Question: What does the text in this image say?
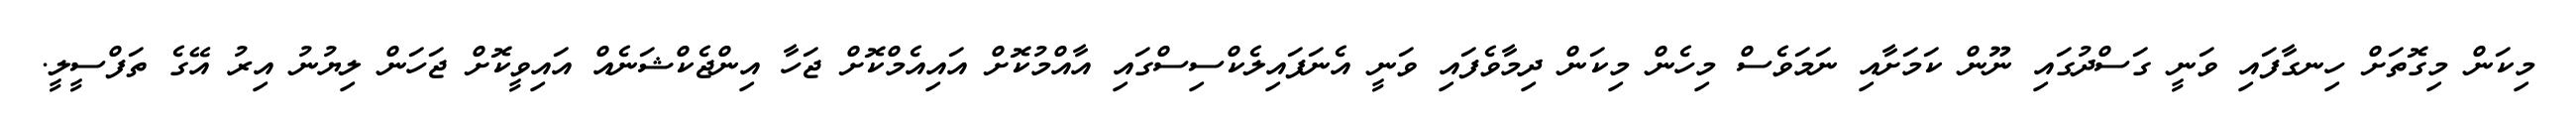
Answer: މިކަން މިގޮތަށް ހިނގާފައި ވަނީ ގަސްދުގައި ނޫން ކަމަށާއި ނަމަވެސް މިހެން މިކަން ދިމާވެފައި ވަނީ އެނަފައިލެކްސިސްގައި އާއްމުކޮށް އައިއެމްކޮށް ޖަހާ އިންޖެކްޝަނެއް އައިވީކޮށް ޖަހަން ލިޔުނު އިރު އޭގެ ތަފްސީލީ.